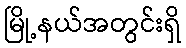
မြို့နယ်အတွင်းရှိ